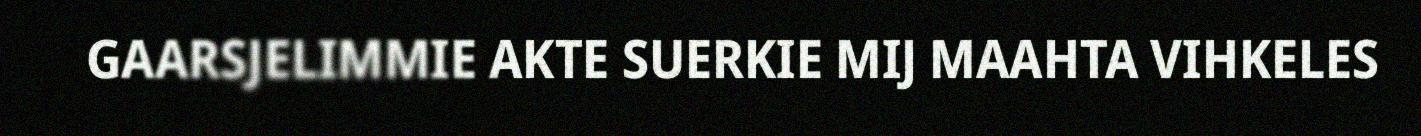
GAARSJELIMMIE AKTE SUERKIE MIJ MAAHTA VIHKELES